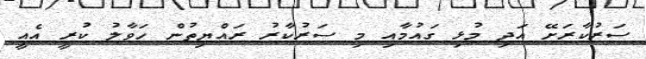
ސަރުކާރަށޭ އަދި މުޅި ގައުމާއި މި ސަރުކާރު ރައްޔިތުން ހަވާލު ކުރީ އެއީ